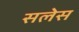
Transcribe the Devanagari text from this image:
सलेस